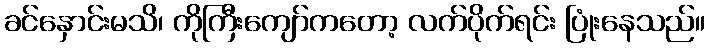
ခင်နှောင်းမသိ၊ ကိုကြီးကျော်ကတော့ လက်ပိုက်ရင်း ပြုံးနေသည်။